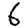
Digit: 6